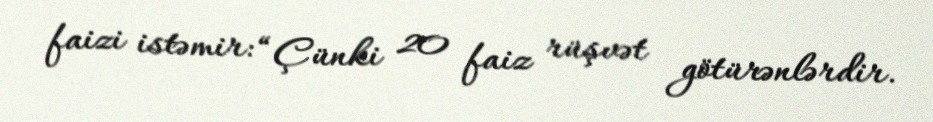
faizi istəmir: “Çünki 20 faiz rüşvət götürənlərdir.